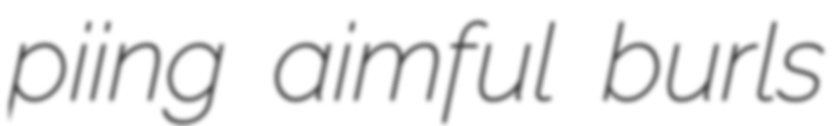
piing aimful burls